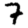
Digit: 7